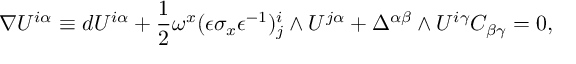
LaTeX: \nabla { \cal U } ^ { i \alpha } \equiv d { \cal U } ^ { i \alpha } + { \frac { 1 } { 2 } } \omega ^ { x } ( \epsilon \sigma _ { x } \epsilon ^ { - 1 } ) _ { j } ^ { i } \wedge { \cal U } ^ { j \alpha } + \Delta ^ { \alpha \beta } \wedge { \cal U } ^ { i \gamma } C _ { \beta \gamma } = 0 ,